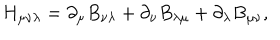
H _ { \mu \nu \lambda } = \partial _ { \mu } B _ { \nu \lambda } + \partial _ { \nu } B _ { \lambda \mu } + \partial _ { \lambda } B _ { \mu \nu } ,